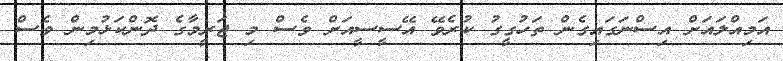
އަމިއްލައަށް އިސްނަގައިގެން ތަހުގީގު ކުރެވޭ އޭސީސީއަށް ވެސް މި ޖަރީމާގެ ދޮންކަޅުމިން ވެސް